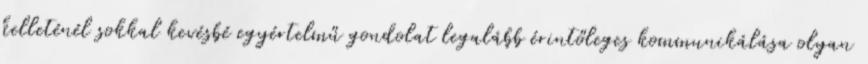
kelleténél sokkal kevésbé egyértelmű gondolat legalább érintőleges kommunikálása olyan